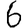
Digit: 6